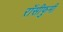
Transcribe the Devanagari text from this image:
रॉसीफुमी